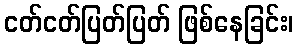
ငတ်ငတ်ပြတ်ပြတ် ဖြစ်နေခြင်း၊